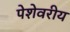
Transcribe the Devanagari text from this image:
पेशेवरीय